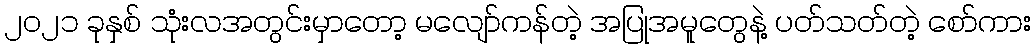
၂၀၂၁ ခုနှစ် သုံးလအတွင်းမှာတော့ မလျော်ကန်တဲ့ အပြုအမူတွေနဲ့ ပတ်သတ်တဲ့ စော်ကား